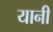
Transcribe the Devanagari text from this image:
यानी